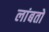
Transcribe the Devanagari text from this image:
लांबतो